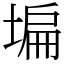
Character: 𡎚